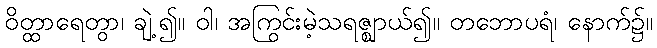
ဝိတ္ထာရေတွာ၊ ချဲ့၍။ ဝါ၊ အကြွင်းမဲ့သရဇ္ဈာယ်၍။ တဘောပရံ၊ နောက်၌။